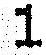
1